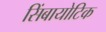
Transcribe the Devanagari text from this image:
सिंबायोटिक